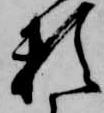
頼